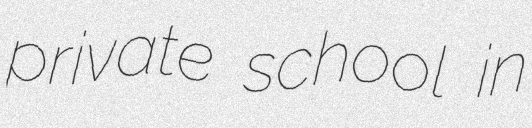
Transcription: private school in